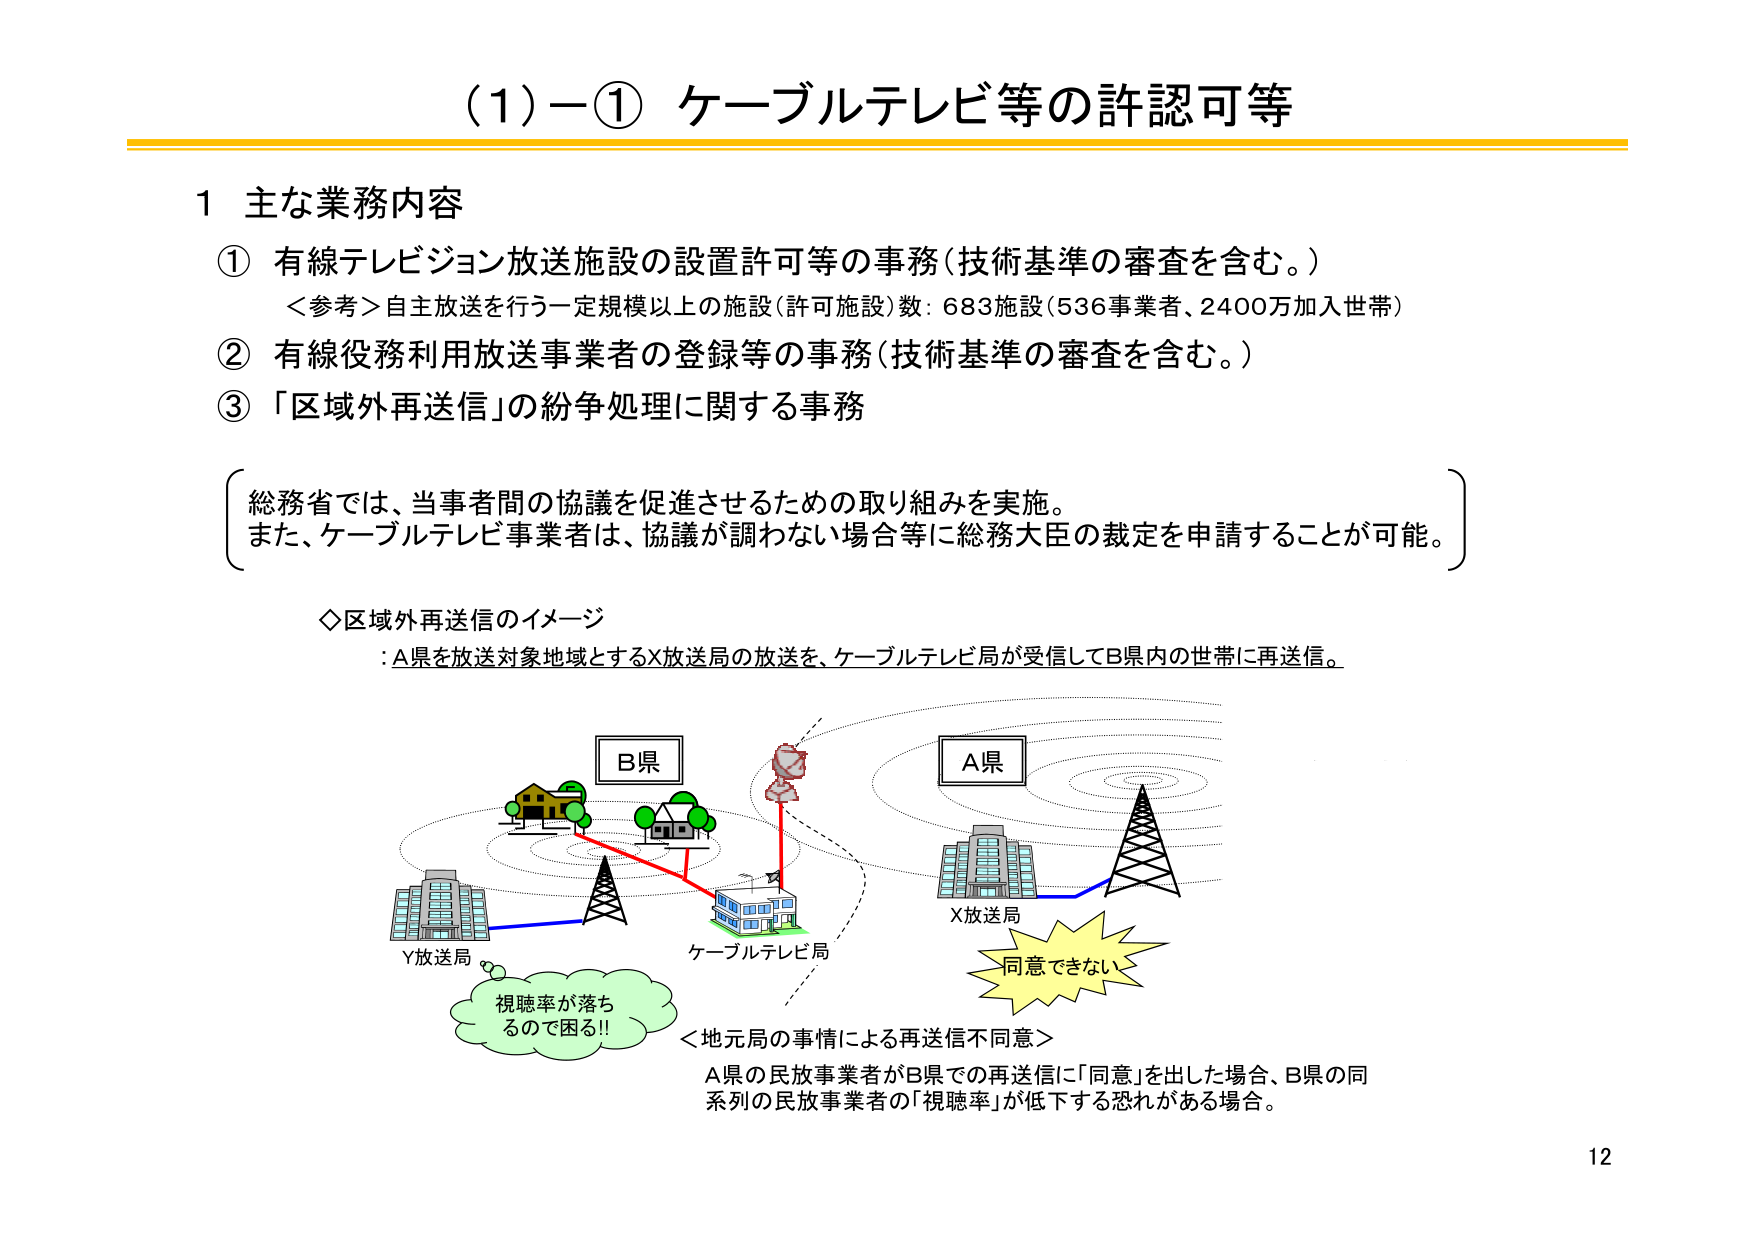
(1)－① ケーブルテレビ等の許認可等

1 主な業務内容
① 有線テレビジョン放送施設の設置許可等の事務（技術基準の審査を含む。）
　＜参考＞自主放送を行う一定規模以上の施設（許可施設）数：683施設（536事業者、2400万加入世帯）
② 有線役務利用放送事業者の登録等の事務（技術基準の審査を含む。）
③ 「区域外再送信」の紛争処理に関する事務

　総務省では、当事者間の協議を促進させるための取り組みを実施。
　また、ケーブルテレビ事業者は、協議が調わない場合等に総務大臣の裁定を申請することが可能。

◇区域外再送信のイメージ
：A県を放送対象地域とするX放送局の放送を、ケーブルテレビ局が受信してB県内の世帯に再送信。

B県
A県
Y放送局
ケーブルテレビ局
X放送局
同意できない
視聴率が落ちるので困る!!
＜地元局の事情による再送信不同意＞
A県の民放事業者がB県での再送信に「同意」を出した場合、B県の同系列の民放事業者の「視聴率」が低下する恐れがある場合。

12